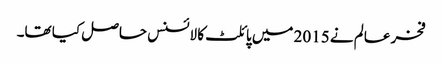
فخر عالم نے 2015 میں پائلٹ کا لائسنس حاصل کیا تھا۔